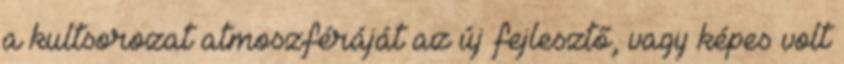
a kultsorozat atmoszféráját az új fejlesztő, vagy képes volt